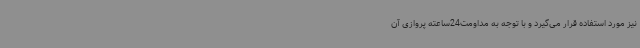
نیز مورد استفاده قرار می‌گیرد و با توجه به مداومت24ساعته پروازی آن